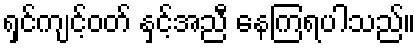
ရှင်ကျင့်ဝတ် နှင့်အညီ နေကြရပါသည်။